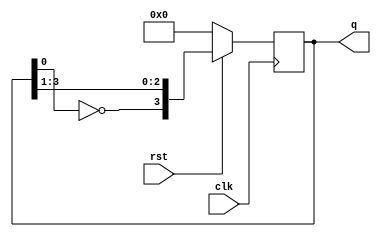
module johnsoncounter (
input clk,rst,
output [3:0]q);
reg [3:0]temp;
always @(posedge clk)
begin
if(rst == 0) temp=4'b0000;
else      temp = {~temp[0],temp[3:1]};

end
assign q = temp;
endmodule